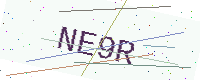
Text: NE9R